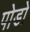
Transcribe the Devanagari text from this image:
पोडो